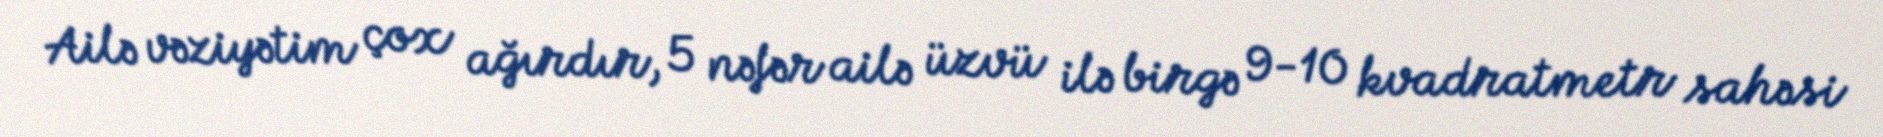
Ailə vəziyətim çox ağırdır, 5 nəfər ailə üzvü ilə birgə 9-10 kvadratmetr sahəsi